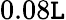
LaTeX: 0.08\mathtt{L}